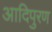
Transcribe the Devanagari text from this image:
आदिपुरण